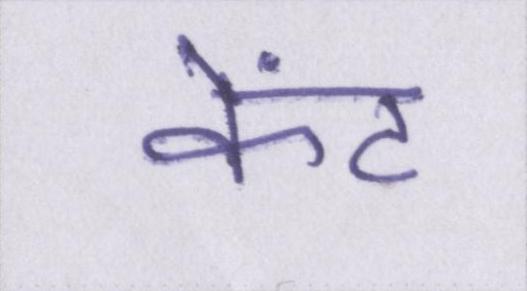
केंट